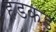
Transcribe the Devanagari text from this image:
हडकड